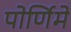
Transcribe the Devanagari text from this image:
पोर्णिमे